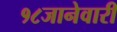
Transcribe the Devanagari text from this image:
१८जानेवारी